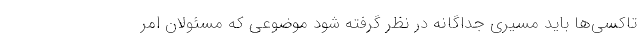
تاکسی‌ها باید مسیری جداگانه در نظر گرفته شود موضوعی که مسئولان امر